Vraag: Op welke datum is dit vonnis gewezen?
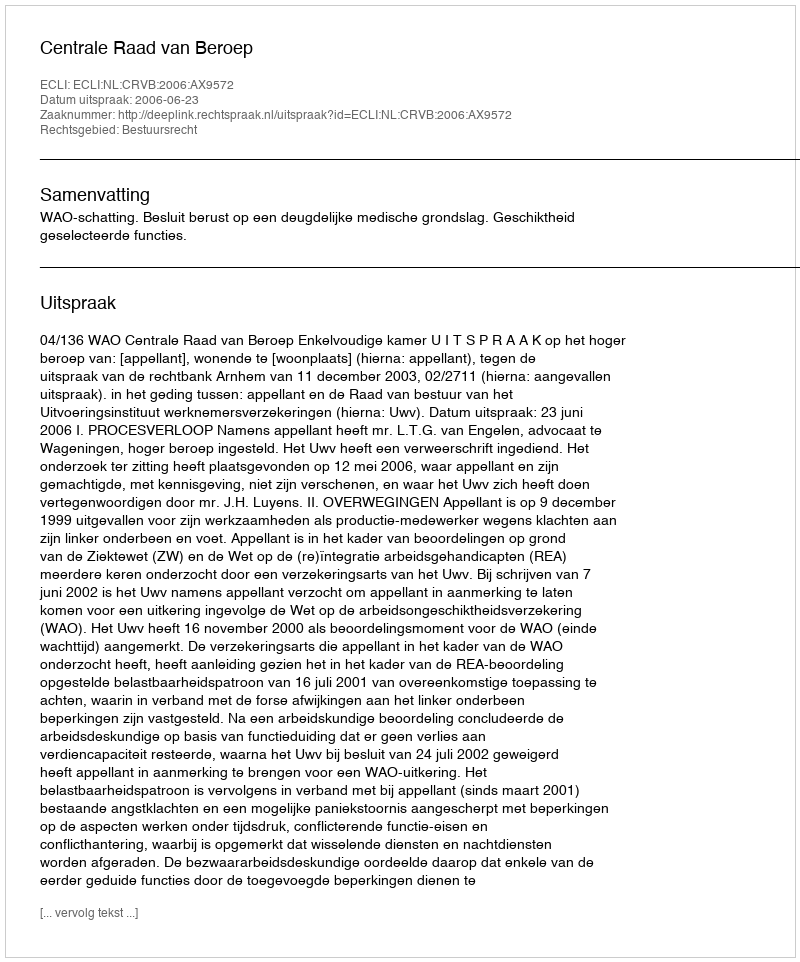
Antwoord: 2006-06-23